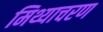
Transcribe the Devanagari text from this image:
मिथ्याचरण